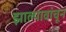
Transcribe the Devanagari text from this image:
झाल्यावांचून